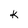
Character: k